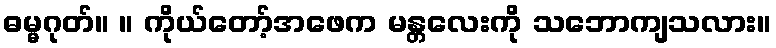
ဓမ္မဂုတ်။ ။ ကိုယ်တော့်အဖေက မန္တလေးကို သဘောကျသလား။